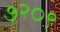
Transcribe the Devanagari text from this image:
७२०९